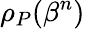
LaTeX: \rho_{P}(\beta^{n})